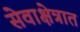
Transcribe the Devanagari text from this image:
सेवाक्षेत्रात